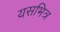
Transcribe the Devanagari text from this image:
यसभित्र